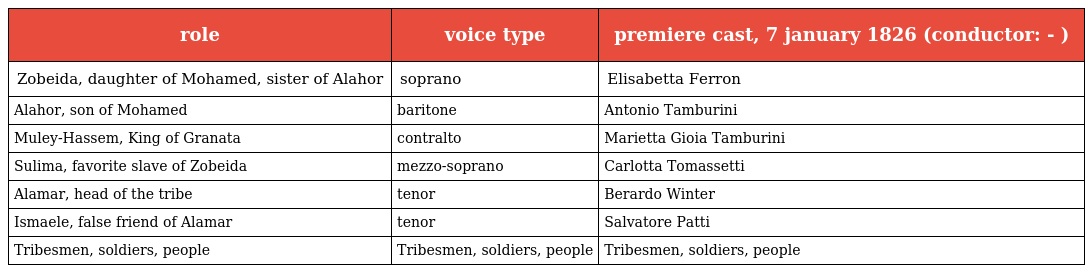
| role | voice type | premiere cast, 7 january 1826 (conductor: - ) |
 | --- | --- | --- |
 | Zobeida, daughter of Mohamed, sister of Alahor | soprano | Elisabetta Ferron |
 | Alahor, son of Mohamed | baritone | Antonio Tamburini |
 | Muley-Hassem, King of Granata | contralto | Marietta Gioia Tamburini |
 | Sulima, favorite slave of Zobeida | mezzo-soprano | Carlotta Tomassetti |
 | Alamar, head of the tribe | tenor | Berardo Winter |
 | Ismaele, false friend of Alamar | tenor | Salvatore Patti |
 | Tribesmen, soldiers, people | Tribesmen, soldiers, people | Tribesmen, soldiers, people |